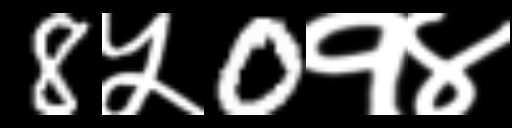
Text: 8५0१४